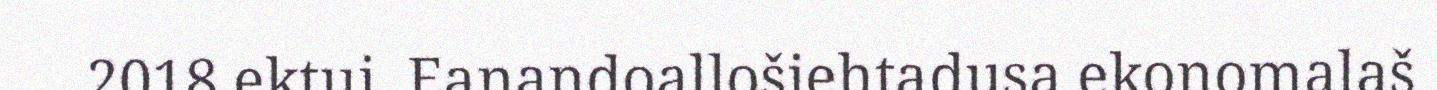
2018 ektui. Eanandoallošiehtadusa ekonomalaš